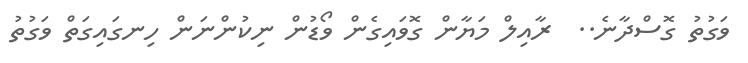
ވަގުތު ގޮސްދާނެ..  ރާއިލް މަޔާން ގޮވައިގެން ވޯޑުން ނިކުންނަން ހިނގައިގަތް ވަގުތު